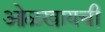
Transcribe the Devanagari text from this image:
ओळखायची